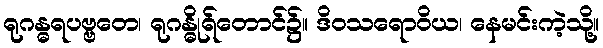
ရုဂန္ဓရပဗ္ဗတေ၊ ရုဂန္ဓိုရ်တောင်၌။ ဒိဝသရောဝိယ၊ နေမင်းကဲ့သို့။